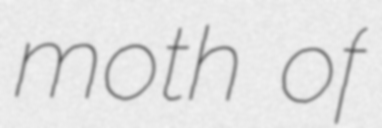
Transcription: moth of